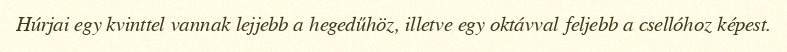
Húrjai egy kvinttel vannak lejjebb a hegedűhöz, illetve egy oktávval feljebb a csellóhoz képest.